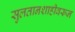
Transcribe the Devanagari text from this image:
सुलतानशाहीवरून